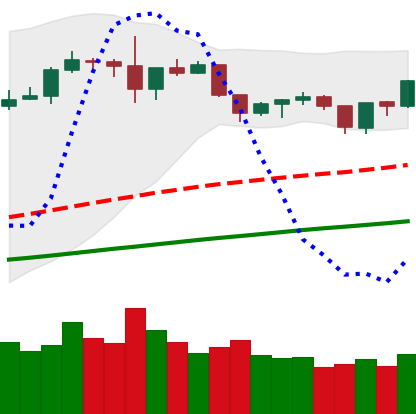
Ticker: ETH-USD
Chart end date: 2019-06-12
Forward return: 5.154%
Label: up_5_7